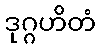
ဒုဂ္ဂဟိတံ